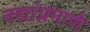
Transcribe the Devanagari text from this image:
नद्यांप्रमाणे